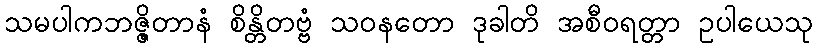
သမပါကဘဇ္ဇိတာနံ စိန္တိတဗ္ဗံ သဝနတော ဒုခါတိ အစီဝရတ္တာ ဥပါယေသု